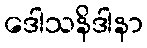
ဒေါသနိဒါနာ